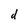
Character: d